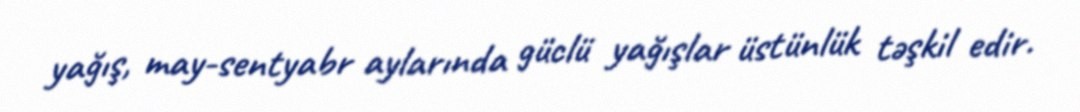
yağış, may-sentyabr aylarında güclü yağışlar üstünlük təşkil edir.